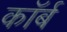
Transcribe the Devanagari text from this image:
कॉर्ब